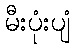
မီးပုံးပျံ